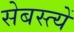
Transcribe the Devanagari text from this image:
सेबस्त्यें